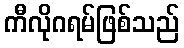
ကီလိုဂရမ်ဖြစ်သည်